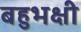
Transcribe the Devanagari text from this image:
बहुभक्षी